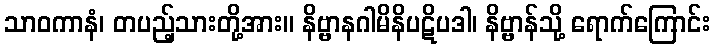
သာဝကာနံ၊ တပည့်သားတို့အား။ နိဗ္ဗာနဂါမိနိပဋိပဒါ၊ နိဗ္ဗာန်သို့ ရောက်ကြောင်း